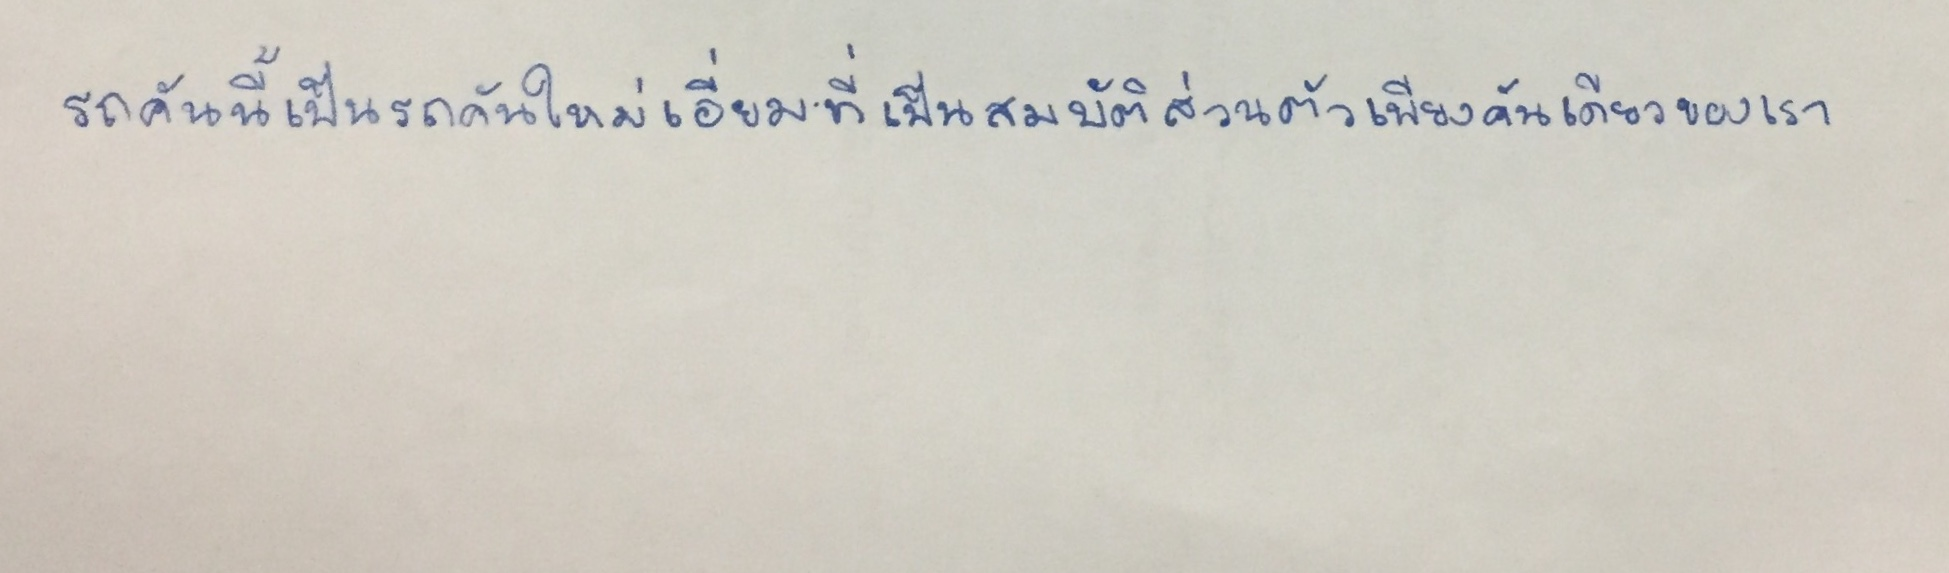
รถคันนี้เป็นรถคันใหม่เอี่ยมที่เป็นสมบัติส่วนตัวเพียงคันเดียวของเรา